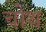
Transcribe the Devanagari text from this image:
चोथ